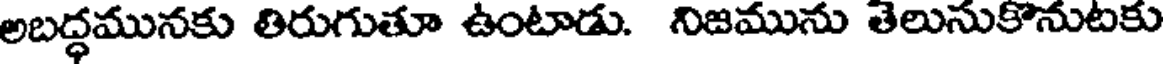
అబద్ధమునకు తిరుగుతూ ఉంటాడు. నిజమును తెలుసుకొనుటకు